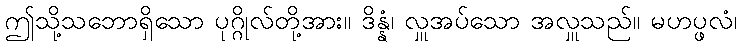
ဤသို့သဘောရှိသော ပုဂ္ဂိုလ်တို့အား။ ဒိန္နံ၊ လှူအပ်သော အလှူသည်။ မဟပ္ဖလံ၊